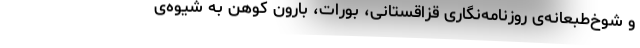
و شوخ‌طبعانه‌ی روزنامه‌نگاری قزاقستانی، بورات، بارون کوهن به شیوه‌ی